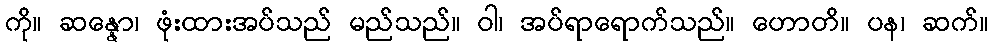
ကို။ ဆန္နော၊ ဖုံးထားအပ်သည် မည်သည်။ ဝါ၊ အပ်ရာရောက်သည်။ ဟောတိ။ ပန၊ ဆက်။